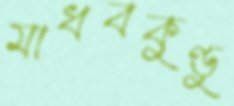
মাধবকুণ্ডু